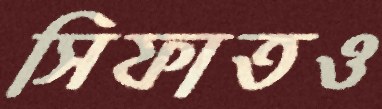
সিফাতও